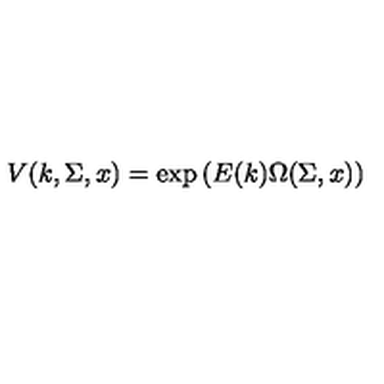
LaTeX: V ( k , \Sigma , x ) = \exp \left( E ( k ) \Omega ( \Sigma , x ) \right)